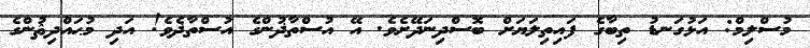
މުސްލިމް: އަޅުގަނޑު ތިބާގެ ފައިތިލަޔަށް ބޮސްދިނަދޭށެވެ. އޭ އުސްތާޛުންގެ އުސްތާޛެވެ! އަދި މުޙައްދިޘުންގެ